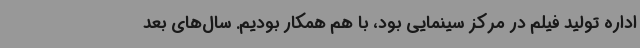
اداره تولید فیلم در مرکز سینمایی بود، با هم همکار بودیم. سال‌های بعد